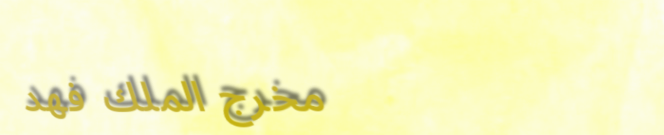
مخرج الملك فهد